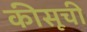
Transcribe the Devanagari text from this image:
कीसूची